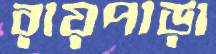
রায়পাড়া